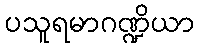
ပသူရမာဂဏ္ဍိယာ